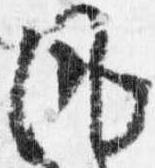
風